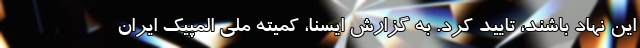
این نهاد باشند، تایید کرد. به گزارش ایسنا، کمیته ملی المپیک ایران